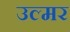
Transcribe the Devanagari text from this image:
उल्मर